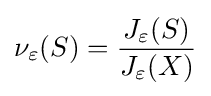
\nu _{\varepsilon }(S)={\frac {J_{\varepsilon }(S)}{J_{\varepsilon }(X)}}